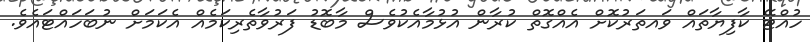
ހުއްޓޭ ކާފިޔާތައް ވައތަރުކޮށް އެއްގޮތް ކުރާން އުޅުމާއެކުވެސް މާބޮޑު ފަރުވާތެރިކަމެއް އެކަމަށް ނުބަހައްޓައެވެ.